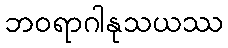
ဘဝရာဂါနုသယဿ